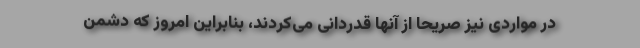
در مواردی نیز صریحاً از آنها قدردانی می‌کردند، بنابراین امروز که دشمن